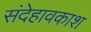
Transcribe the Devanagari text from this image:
संदेहावकाश